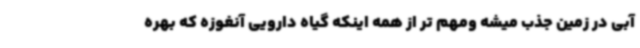
آبی در زمین جذب میشه ومهم تر از همه اینکه گیاه دارویی آنغوزه که بهره